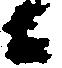
候